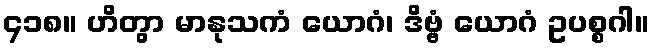
၄၁၈။ ဟိတွာ မာနုသကံ ယောဂံ၊ ဒိဗ္ဗံ ယောဂံ ဥပစ္စဂါ။